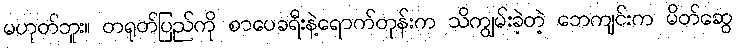
မဟုတ်ဘူး။ တရုတ်ပြည်ကို စာပေခရီးနဲ့ရောက်တုန်းက သိကျွမ်းခဲ့တဲ့ ဘေကျင်းက မိတ်ဆွေ